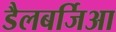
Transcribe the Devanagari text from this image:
डैलबर्जिआ